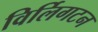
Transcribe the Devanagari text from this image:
विर्लिगटन